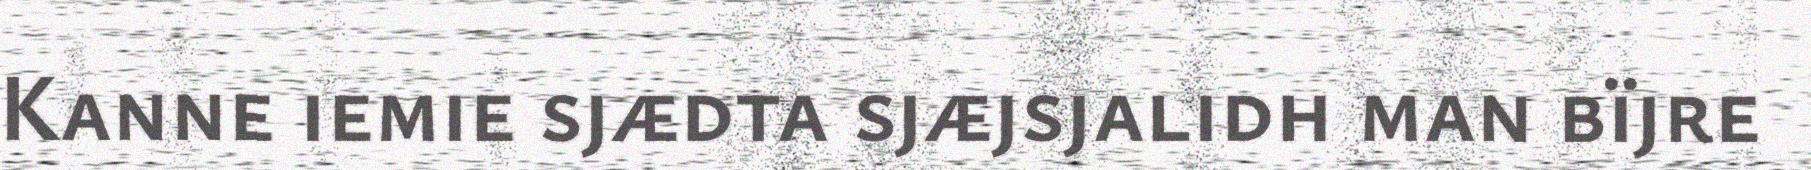
Kanne iemie sjædta sjæjsjalidh man bïjre